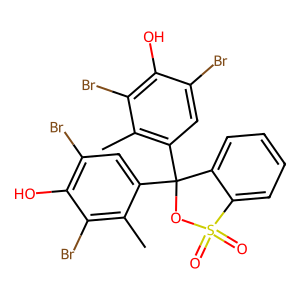
SMILES: Cc1c(C2(c3cc(Br)c(O)c(Br)c3C)OS(=O)(=O)c3ccccc32)cc(Br)c(O)c1Br
Inhibits HIV replication: No